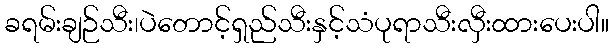
ခရမ်းချဉ်သီး၊ပဲတောင့်ရှည်သီးနှင့်သံပုရာသီးလှီးထားပေးပါ။